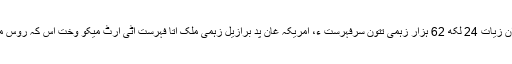
امریکہ دنیا ٹی غٹ آن زیات 24 لکھ 62 ہزار زہمی تتون سرفہرست ءِ، امریکہ غان پد برازیل زہمی ملک آتا فہرست اٹی ارٹ میکو وخت اس کہ روس مسٹ میکو نمبر آٹے۔